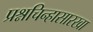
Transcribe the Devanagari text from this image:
प्रश्नचिन्हासारखा